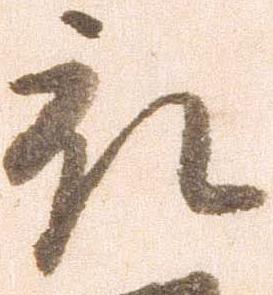
被